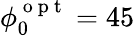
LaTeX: \phi_{0}^{\mathrm{~o~p~t~}}=45